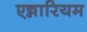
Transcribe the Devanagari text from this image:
एन्नारियम